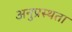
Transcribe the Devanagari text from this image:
अनुप्रस्थता